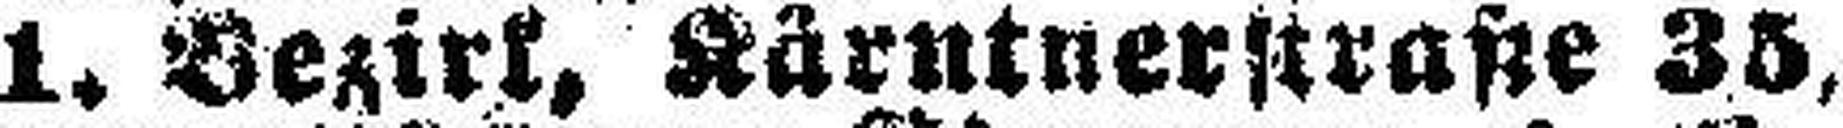
1. Bezirk, Kärntnerstraße 35,